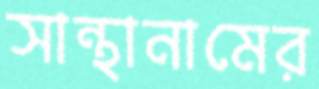
সান্থানামের